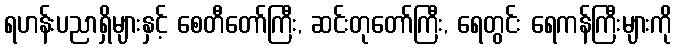
ရဟန်းပညာရှိများနှင့် စေတီတော်ကြီး, ဆင်းတုတော်ကြီး, ရေတွင်း ရေကန်ကြီးများကို